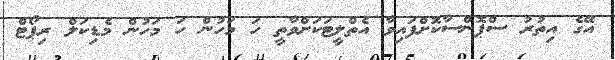
އޭގެ އިތުރު ސްޕޮންސާކޮށްފައިވާ އެތްލީޓަކަށްވާތީ ހަ މަހުން ހަ މަހުން މެޑިކަލް ރިޕޯޓް